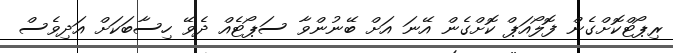
ރިޕޯޓްކޮށްގެން ފޮލޯއަޕް ކޮށްގެން އޭނަ އަށް ބޭނުންވާ ސަޕޯޓެއް ދެވޭ ހިސާބަކަށް އަދިވެސް